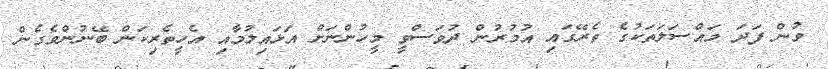
ވުން ފަދަ މައްސަލަތަކުގެ ތެރޭގައި އުމުރުން ދުވަސްވީ މީހުންނަށް އަޅައިލުމާއި އެހީތެރިކަން ބޭނުންވެގެން